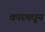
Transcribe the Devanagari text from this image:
कारमधून